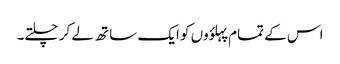
اس کے تمام پہلؤوں کو ایک ساتھ لے کر چلتے۔